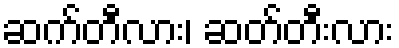
ဆက်တီလား၊ ဆတ်တီးလား